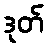
ဒုတ်